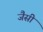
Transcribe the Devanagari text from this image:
जैसीं